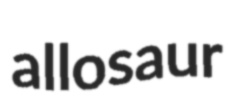
allosaur